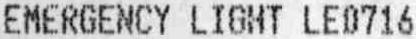
EMERGENCY LIGHT LED716